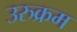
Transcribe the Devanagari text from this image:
उरुक्रम